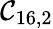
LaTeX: \mathcal{C}_{16,2}